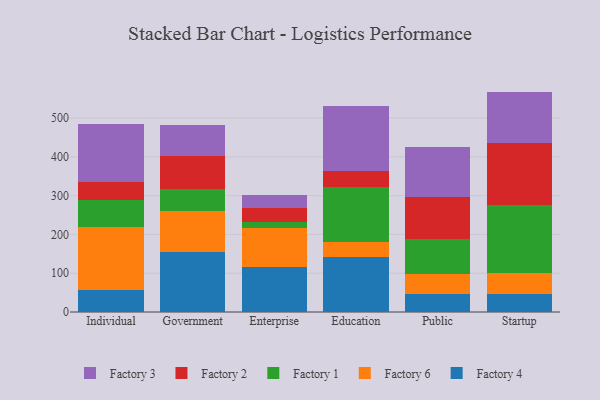
{"axis": {"x": "Segment", "y": "Website Visitors"}, "legend": ["Factory 1", "Factory 2", "Factory 3", "Factory 4", "Factory 6"], "data": [{"x": "Individual", "y": 57.2, "type": "Factory 4"}, {"x": "Individual", "y": 160.9, "type": "Factory 6"}, {"x": "Individual", "y": 69.9, "type": "Factory 1"}, {"x": "Individual", "y": 48.3, "type": "Factory 2"}, {"x": "Individual", "y": 147.3, "type": "Factory 3"}, {"x": "Government", "y": 153.6, "type": "Factory 4"}, {"x": "Government", "y": 107.8, "type": "Factory 6"}, {"x": "Government", "y": 54.6, "type": "Factory 1"}, {"x": "Government", "y": 85.8, "type": "Factory 2"}, {"x": "Government", "y": 81.6, "type": "Factory 3"}, {"x": "Enterprise", "y": 117.2, "type": "Factory 4"}, {"x": "Enterprise", "y": 98.6, "type": "Factory 6"}, {"x": "Enterprise", "y": 15.0, "type": "Factory 1"}, {"x": "Enterprise", "y": 37.7, "type": "Factory 2"}, {"x": "Enterprise", "y": 33.4, "type": "Factory 3"}, {"x": "Education", "y": 141.0, "type": "Factory 4"}, {"x": "Education", "y": 38.6, "type": "Factory 6"}, {"x": "Education", "y": 143.4, "type": "Factory 1"}, {"x": "Education", "y": 41.7, "type": "Factory 2"}, {"x": "Education", "y": 166.0, "type": "Factory 3"}, {"x": "Public", "y": 47.5, "type": "Factory 4"}, {"x": "Public", "y": 51.5, "type": "Factory 6"}, {"x": "Public", "y": 89.7, "type": "Factory 1"}, {"x": "Public", "y": 109.0, "type": "Factory 2"}, {"x": "Public", "y": 129.0, "type": "Factory 3"}, {"x": "Startup", "y": 47.5, "type": "Factory 4"}, {"x": "Startup", "y": 53.0, "type": "Factory 6"}, {"x": "Startup", "y": 174.7, "type": "Factory 1"}, {"x": "Startup", "y": 159.7, "type": "Factory 2"}, {"x": "Startup", "y": 133.4, "type": "Factory 3"}]}